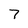
Character: 7